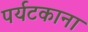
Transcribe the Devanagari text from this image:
पर्यटकाना